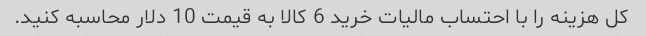
کل هزینه را با احتساب مالیات خرید 6 کالا به قیمت 10 دلار محاسبه کنید.